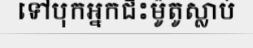
ទៅបុកអ្នកជិះម៉ូតូស្លាប់